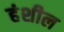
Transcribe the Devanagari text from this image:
हंशील